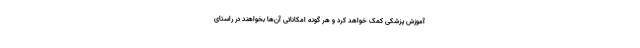
آموزش پزشکی کمک خواهد کرد و هر گونه امکاناتی آن‌ها بخواهند در راستای